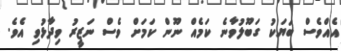
އެއްވެސް ބަޔަކު ގަބޫލުވާނެ ކަމެއް ނޫން ކަމަށް ވެސް ނަޒީރު ވިދާޅުވި އެވެ.